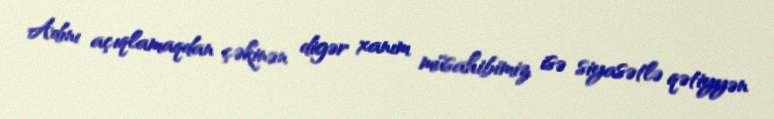
Adını açıqlamaqdan çəkinən digər xanım müsahibimiz isə siyasətlə qətiyyən